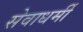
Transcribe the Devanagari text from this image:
सेवाधर्मी